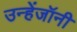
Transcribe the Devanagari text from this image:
उन्हेंजॉनी